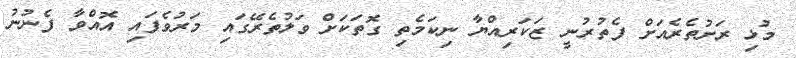
މުޅި ރަށުތެރެއަށް ފެތުރުނީ ޒަކަރިއްޔާ ނިކަމެތި ގޮތަކަށް ވަލުތެރޭގައި މަރުވެފައި އޮއްވާ ފެނުނު